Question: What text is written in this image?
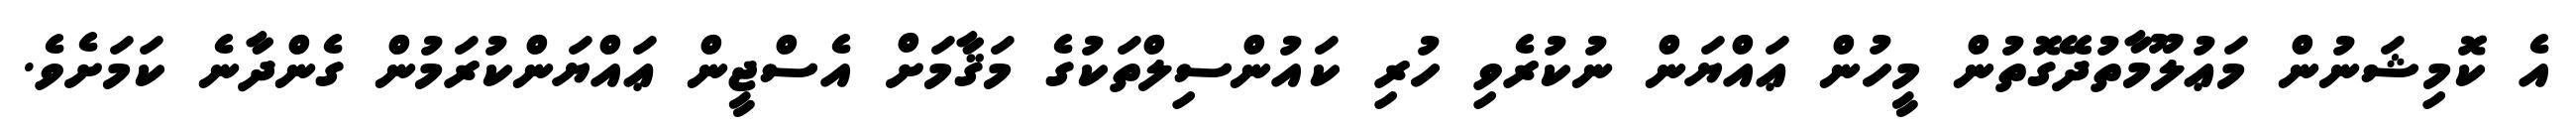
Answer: އެ ކޮމިޝަނުން މަޢުލޫމާތުދޭގޮތުން މީހުން ޢައްޔަން ނުކުރެވި ހުރި ކައުންސިލްތަކުގެ މަޤާމަށް އެސްޖީން ޢައްޔަންކުރަމުން ގެންދާނެ ކަމަށެވެ.